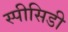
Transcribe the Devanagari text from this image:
स्पीसिडी